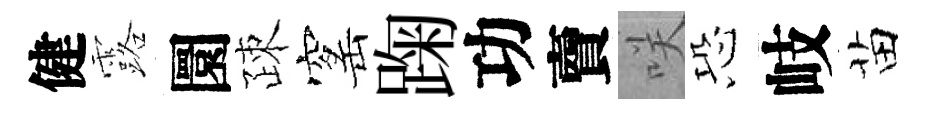
健露圜疎窰踘功𧶠咲恐岐苗